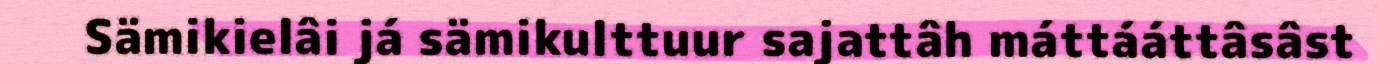
Sämikielâi já sämikulttuur sajattâh máttááttâsâst